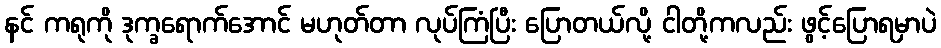
နင် ကရုကို ဒုက္ခရောက်အောင် မဟုတ်တာ လုပ်ကြံပြီး ပြောတယ်လို့ ငါတို့ကလည်း ဖွင့်ပြောရမှာပဲ